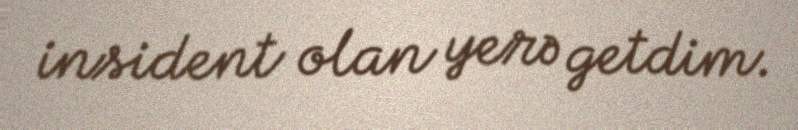
insident olan yerə getdim.